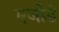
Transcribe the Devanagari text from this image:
एजीडे